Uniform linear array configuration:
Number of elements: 32
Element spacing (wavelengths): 0.25
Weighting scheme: cosine
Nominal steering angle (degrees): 30
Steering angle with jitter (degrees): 29.567
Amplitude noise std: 0.05
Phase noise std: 0.05

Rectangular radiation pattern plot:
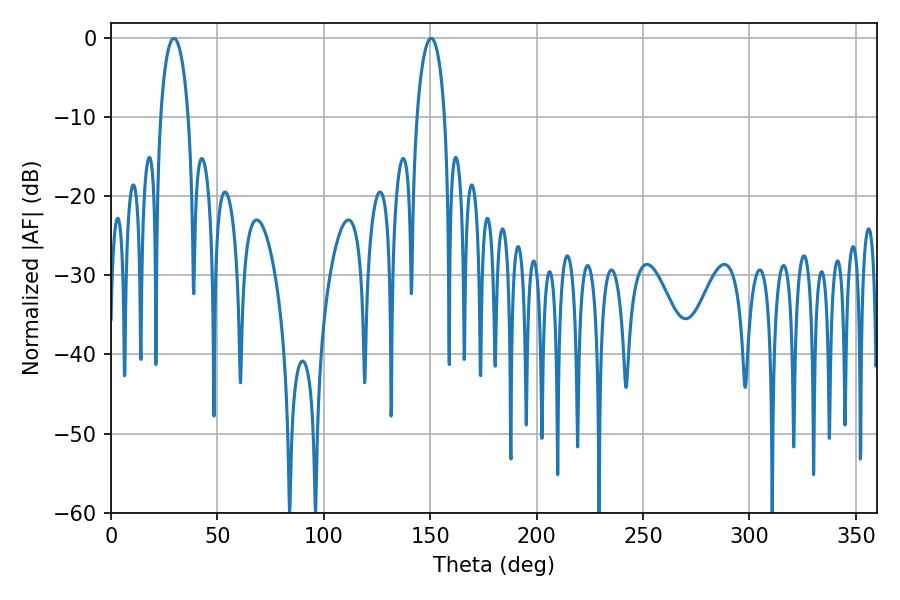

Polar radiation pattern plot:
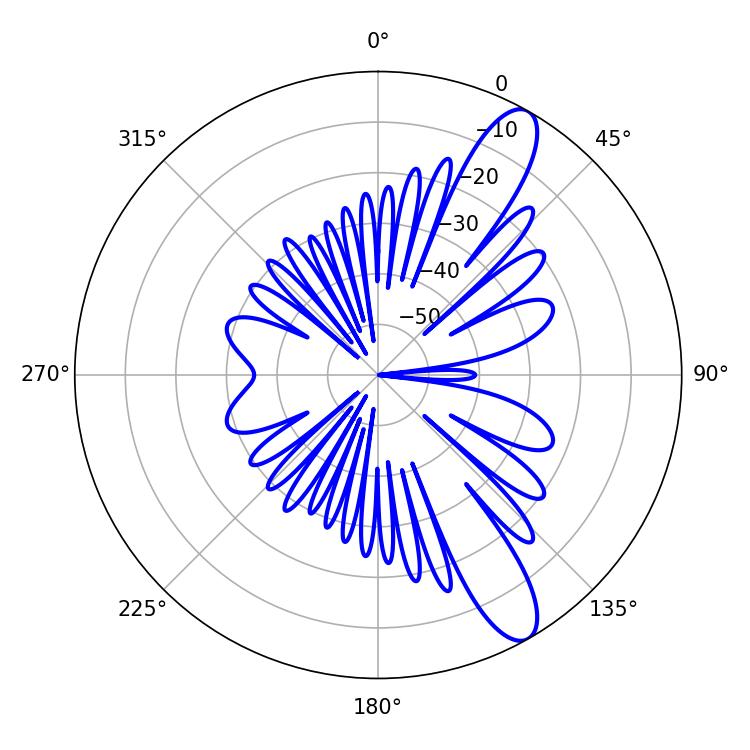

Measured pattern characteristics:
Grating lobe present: FALSE
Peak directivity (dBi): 11.485
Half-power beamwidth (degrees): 7.38
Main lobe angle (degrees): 150.48